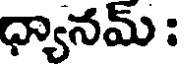
ధ్యానమ్ :